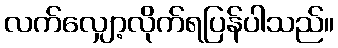
လက်လျှော့လိုက်ရပြန်ပါသည်။